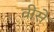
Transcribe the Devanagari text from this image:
वीसे